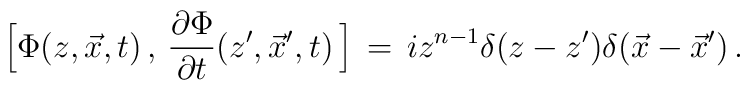
\Big[ \Phi (z,\vec x ,t)\,,\,{\partial\Phi\over \partial t}(z^\prime,\vec x^\prime ,t)\,\Big]\,=\,i z^{n-1} \delta (z - z^\prime) \delta (\vec x - {\vec x}^\prime )\,.